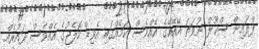
ފްލައިން ސްކޫލް ނުވަތަ އޭއޭއޭގެ އެއްވެސް ކަމެއްގައި އެވިޑް ކޮލެޖުގެ އެއްވެސް ދައުރެއް